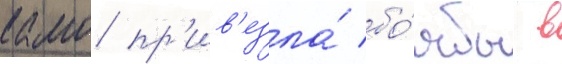
камо пр'ив'езла́ бо́мбы в